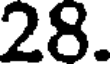
28.